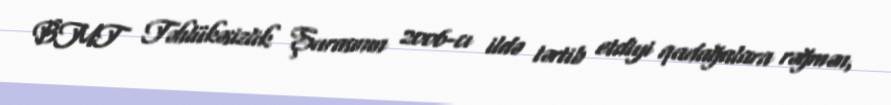
BMT Təhlükəsizlik Şurasının 2006-cı ildə tərtib etdiyi qadağalara rəğmən,